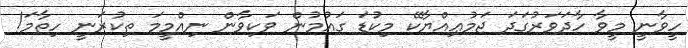
ހީވާނީ މީވާ ހާދަވަރުގަދަ ޖަމުޢިއްޔާކޭ މިކުޑަ ގައުމުން ވަކިވާން ނިއްމީމަ ތިކުރަނީ ހިތާމަ!